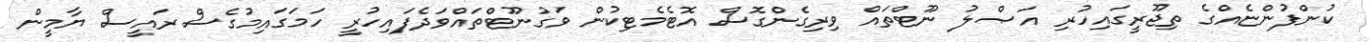
ކުންފުންޏެއްގެ ތިޖޫރީގައިހުރި އަޞްލު ނޫޓްތައް ވިރިގެންގޮސް އޮޓެމެޓިކުން ވަގުނޫޓްތައްވަދެފައިހުރީ ހަމަގައިމުގެސް ރައީސް ޔާމީން